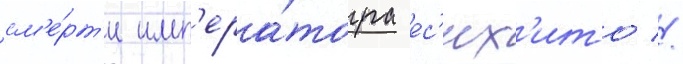
см'е́рт'и имп'ера́тора ес'их'ито //